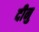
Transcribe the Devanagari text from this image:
दीनु